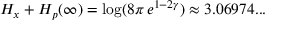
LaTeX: H _ { x } + H _ { p } ( \infty ) = \log ( 8 \pi \, e ^ { 1 - 2 \gamma } ) \approx 3 . 0 6 9 7 4 . . .